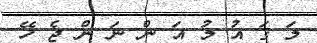
މަ ޤަ އު މު އަ ން ނަ ން ޖެ ހޭ